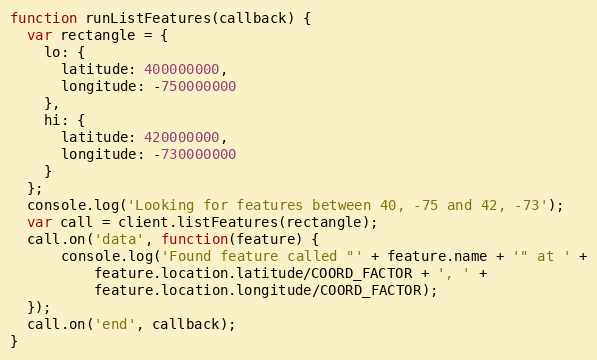
Language: JavaScript
function runListFeatures(callback) {
  var rectangle = {
    lo: {
      latitude: 400000000,
      longitude: -750000000
    },
    hi: {
      latitude: 420000000,
      longitude: -730000000
    }
  };
  console.log('Looking for features between 40, -75 and 42, -73');
  var call = client.listFeatures(rectangle);
  call.on('data', function(feature) {
      console.log('Found feature called "' + feature.name + '" at ' +
          feature.location.latitude/COORD_FACTOR + ', ' +
          feature.location.longitude/COORD_FACTOR);
  });
  call.on('end', callback);
}